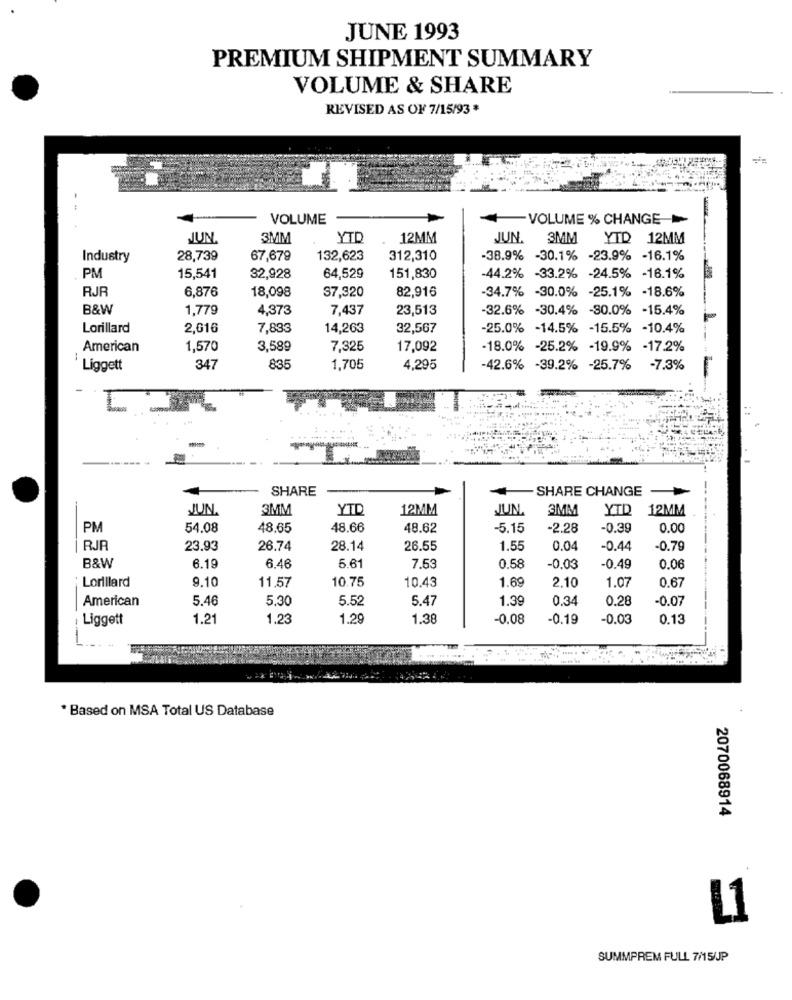
JUNE 1993
PREMIUM SHIPMENT SUMMARY
VOLUME & SHARE
REVISED AS OF 7/15/93 *
--
VOLUME
- VOLUME % CHANGE
JUN
3MM
YTD
12MM
JUN.
3MM
YTD 12MM
Industry
28,739
67,679
132,623
312,310
38.9% -30.1% -23.9% -16.1%
PM
15,541
32,928
64,529
151,830
-44.2% -33.2% -24.5% -16.1%
RJR
6,876
18,098
37,920
82,916
34.7% -30.0% -25.1% -18.6%
B&W
1,779
4,373
7,437
23,513
-32.6% -30.4% -80.0% -15.4%
Lorillard
2,616
7,833
14,263
32,567
-25.0% -14.5% -15.5% -10.4%
American
1,570
3,589
7,325
17,092
-18.0% -25.2% -19.9% -17.2%
-
Liggett
347
835
1,705
4,295
-42.6% -39.2% -25.7% -7.3%
. I
SHARE
- SHARE CHANGE
JUN.
3MM
YTD
12MM
JUN
3MM
YTD 12MM
PM
54.08
48.65
48.66
48.62
-5.15
-2.28
-0.39
0.00
RJR
23.93
26.74
28.14
26.55
1.55
0.04
-0.44
-0.79
B&W
6.19
6.46
6.6
7.5
0.58
-0.03
0.49
0.06
Lorillard
9.10
11,57
10.75
10.43
1.69
1.07
0.67
2.10
American
5.46
5.30
5.52
5.47
1.39
0.34
0.28
-0.07
Liggett
1.2
1.2
1.29
1.38
-0,08
-0.19
-0.03
0.13
-
* Based on MSA Total US Database
2070068914
11
SUMMPREM FULL 7/15/JP